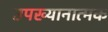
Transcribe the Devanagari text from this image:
उपख्यानात्मक